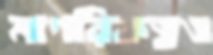
নাগরিকত্বও